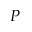
P